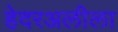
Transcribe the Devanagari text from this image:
हेदरअलीला